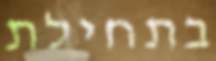
בתחילת